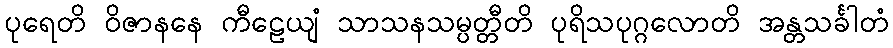
ပုရေတိ ဝိဇာနနေ ကီဠေယျံ သာသနသမ္ပတ္တီတိ ပုရိသပုဂ္ဂလောတိ အန္တသင်္ခါတံ